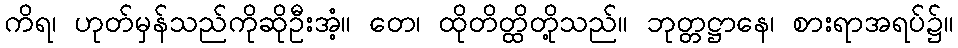
ကိရ၊ ဟုတ်မှန်သည်ကိုဆိုဦးအံ့။ တေ၊ ထိုတိတ္ထိတို့သည်။ ဘုတ္တဋ္ဌာနေ၊ စားရာအရပ်၌။